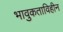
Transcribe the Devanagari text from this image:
भावुकताविहीन